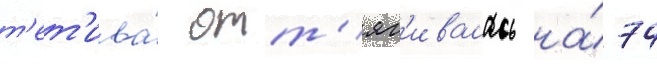
т'ет'ива́ отт'яг'ивалась на́ 74